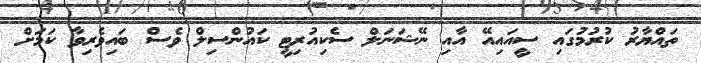
ތައްޔާރު ކުރުމުގައި ސީއައިއޭ އާއި ނޭޝަނަލް ސެކިއުރިޓީ ކައުންސިލް ވެސް ބައިވެރިވާ ކަމަށް